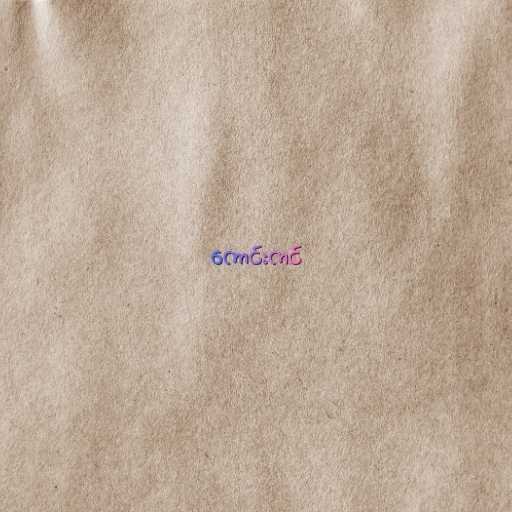
ကောင်းကင်